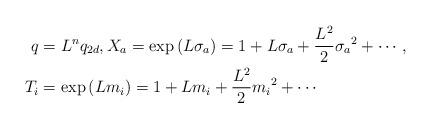
LaTeX: \begin{align*}q &= L^n q_{2d} \/, X_a = \exp\left( L \sigma_a \right) = 1 + L \sigma_a + \frac{L^2}{2} {\sigma_a}^2 + \cdots, \\T_i &= \exp\left( L m_i \right) = 1 + L m_i + \frac{L^2}{2} {m_i}^2 + \cdots \end{align*}